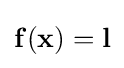
{\textstyle \mathbf {f} (\mathbf {x} )=\mathbf {l} }